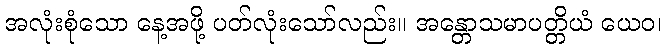
အလုံးစုံသော နေ့အဖို့ ပတ်လုံးသော်လည်း။ အန္တောသမာပတ္တိယံ ယေဝ၊